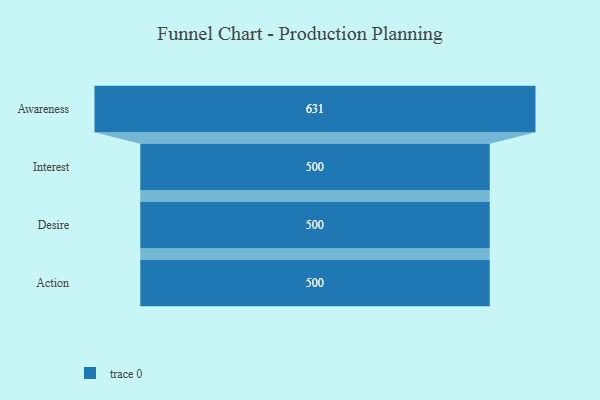
{"axis": {"x": "Stage", "y": "Value"}, "legend": [""], "data": [{"x": "Awareness", "y": 631.0, "type": ""}, {"x": "Interest", "y": 500, "type": ""}, {"x": "Desire", "y": 500, "type": ""}, {"x": "Action", "y": 500, "type": ""}]}